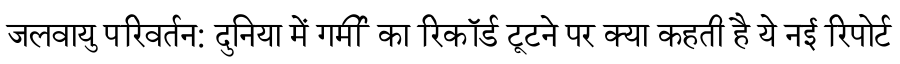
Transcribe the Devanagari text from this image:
जलवायु परिवर्तन: दुनिया में गर्मी का रिकॉर्ड टूटने पर क्या कहती है ये नई रिपोर्ट